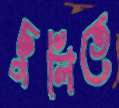
ছুলিতে